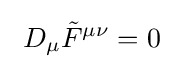
\ D_{\mu }{\tilde {F}}^{\mu \nu }=0~